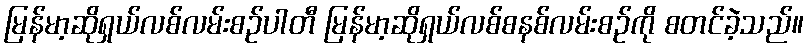
မြန်မာ့ဆိုရှယ်လစ်လမ်းစဉ်ပါတီ မြန်မာ့ဆိုရှယ်လစ်စနစ်လမ်းစဉ်ကို စတင်ခဲ့သည်။